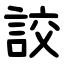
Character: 詨